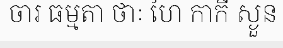
ចារ ធម្មតា ថាៈ ហៃ កាកី ស្ងួន